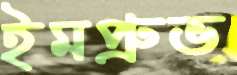
ইমপ্রুভ